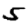
Digit: 5